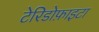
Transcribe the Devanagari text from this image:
टेरिडोफ़ाइटा